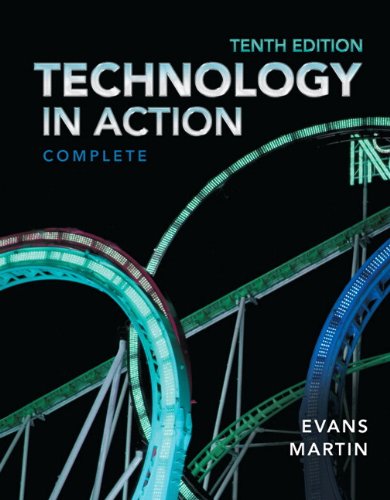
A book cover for Technology In Action, Complete (10th Edition); Alan Evans; Business & Money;